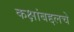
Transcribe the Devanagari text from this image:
कक्षांबद्दलचे